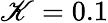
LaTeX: \mathscr{K}=0.1